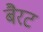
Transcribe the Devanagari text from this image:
बैरट